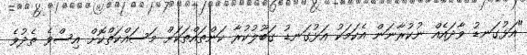
"އަޅުގަނޑު ވާދައެއް ނުކުރާނަން އެކަމަކު އަޅުގަނޑު ގަބޫލުކުރާ ކަންތައްތަކަށް މަސައްކަތްކޮށް އިސްވެ ތެދުވެ